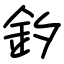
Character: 釸